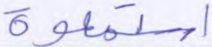
استمعوه